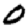
Digit: 0